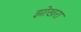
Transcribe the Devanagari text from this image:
झोखरा